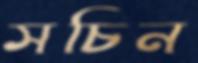
সচিন